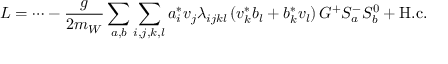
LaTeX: { \cal L } = \cdots - \frac { g } { 2 m _ { W } } \sum _ { a , b } \sum _ { i , j , k , l } a _ { i } ^ { * } v _ { j } \lambda _ { i j k l } \left( v _ { k } ^ { * } b _ { l } + b _ { k } ^ { * } v _ { l } \right) G ^ { + } S _ { a } ^ { - } S _ { b } ^ { 0 } + \mathrm { H . c . }